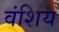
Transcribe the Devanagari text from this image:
वंशिय